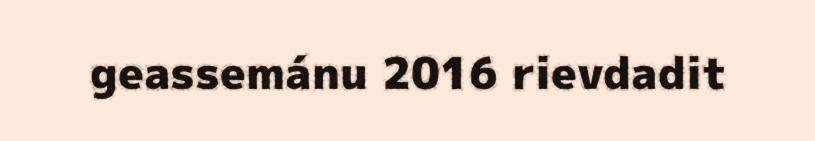
geassemánu 2016 rievdadit